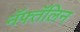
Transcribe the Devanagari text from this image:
नॅफ्तॅलिन